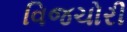
વિજચોરી